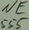
Text: NE555